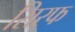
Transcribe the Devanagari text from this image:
सिरफ